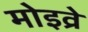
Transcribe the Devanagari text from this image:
मोइव्रे